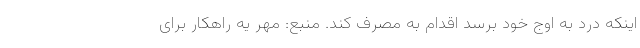
اینکه درد به اوج خود برسد اقدام به مصرف کند. منبع: مهر یه راهکار برای